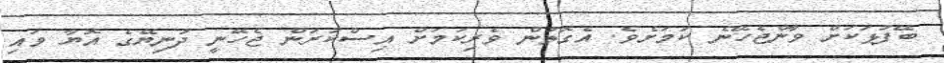
ބޭފުޅަކަށް ވާންޖެހޭނެ ކަމަށެވެ. އެގޮތުން ވެރިކަމަށް އިސްކުރަން ޖެހޭނީ ދުނިޔޭގެ އޮޔާ ވައި